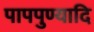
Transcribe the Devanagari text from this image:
पापपुण्यादि